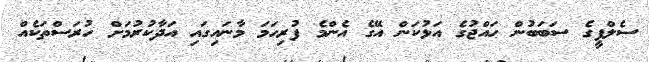
ސެލްފީގެ ސަބަބުން ހައްޖުގެ އަޅުކަން އޭގެ އެންމެ ފުރިހަމަ މާނައިގައި އަދާކުރުމަށް ހުރަސްތަކެއް